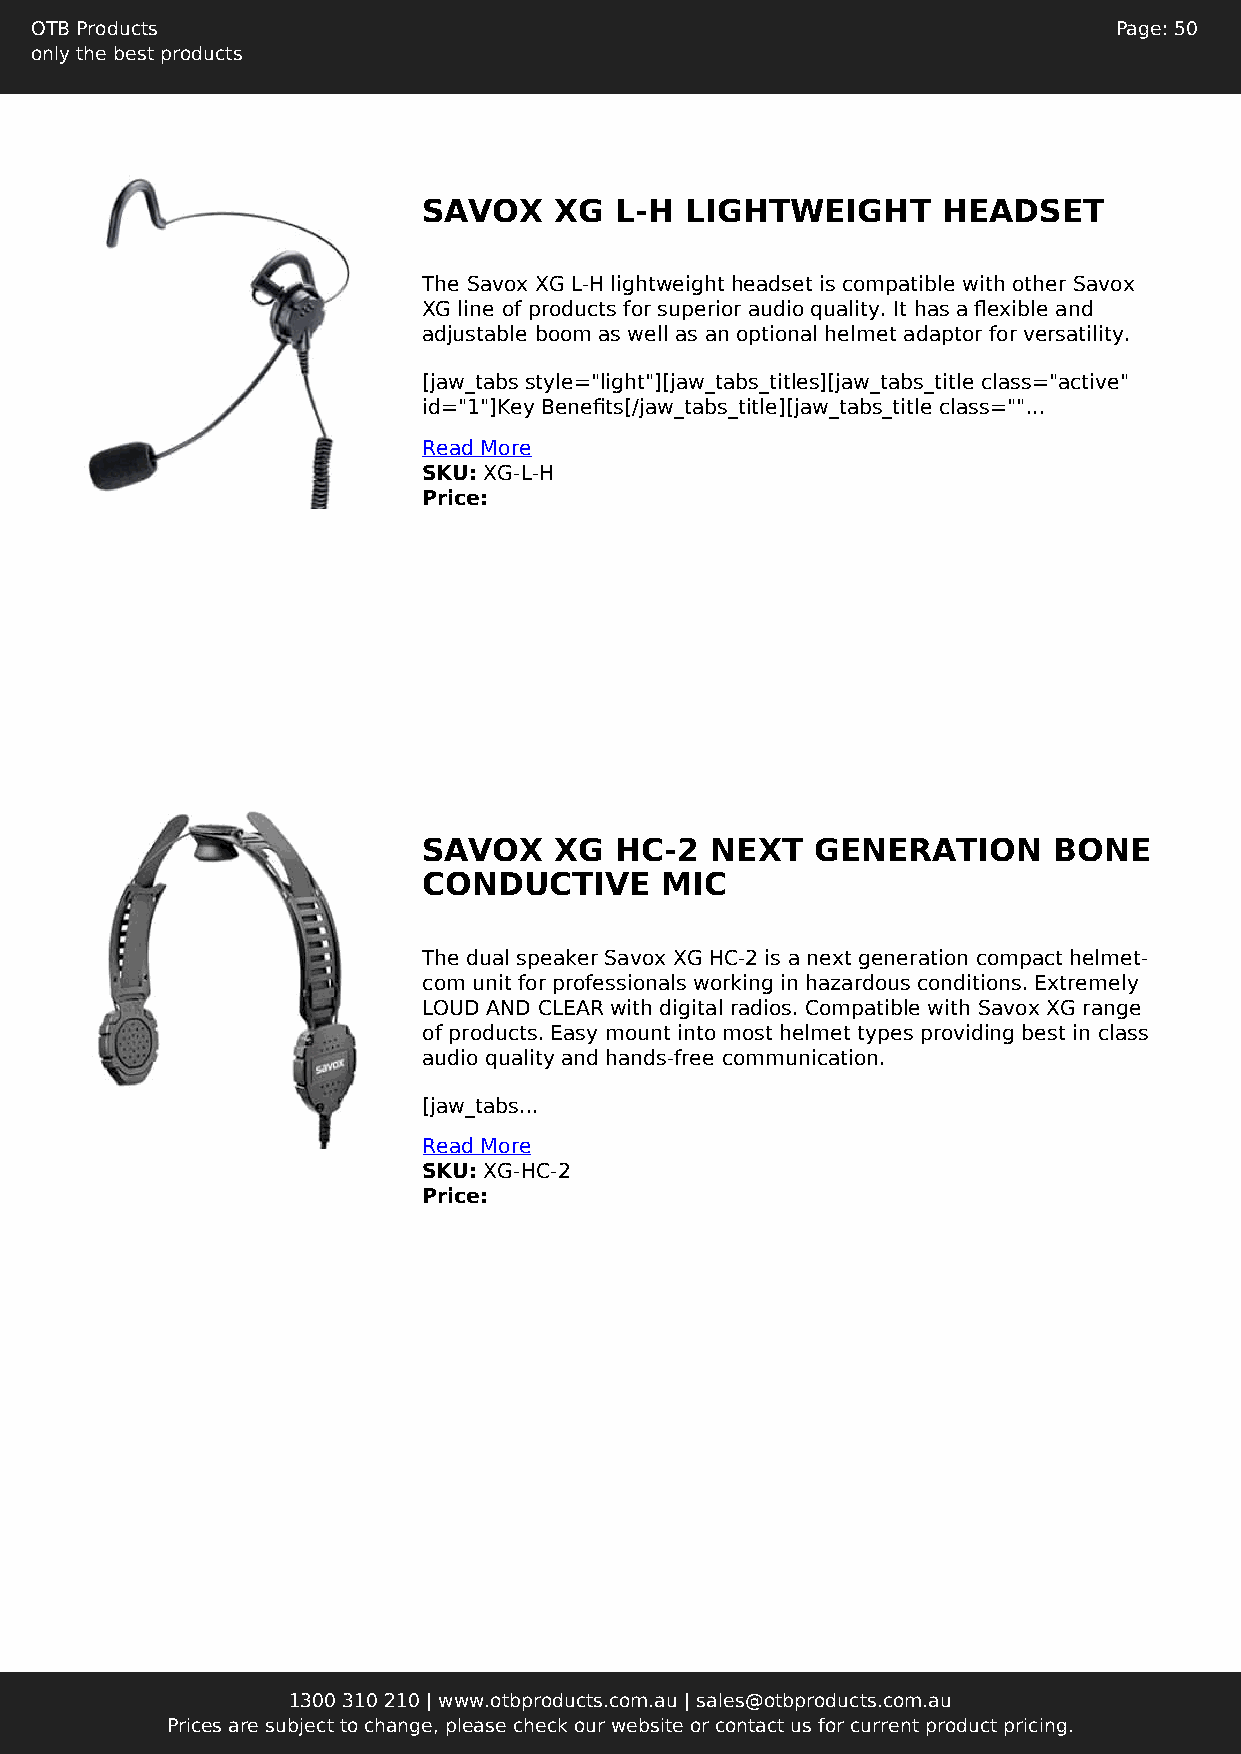
OTB Products                                                            Page: 50
 only the best products
 SAVOX    XG  L-H LIGHTWEIGHT      HEADSET
 The Savox XG L-H lightweight headset is compatible with other Savox
 XG line of products for superior audio quality. It has a flexible and
 adjustable boom as well as an optional helmet adaptor for versatility.
 [jaw_tabs style="light"][jaw_tabs_titles][jaw_tabs_title class="active"
 id="1"]Key Benefits[/jaw_tabs_title][jaw_tabs_title class=""...
 Read More
 SKU: XG-L-H
 Price:
 SAVOX    XG  HC-2  NEXT   GENERATION      BONE
 CONDUCTIVE      MIC
 The dual speaker Savox XG HC-2 is a next generation compact helmet-
 com unit for professionals working in hazardous conditions. Extremely
 LOUD AND CLEAR with digital radios. Compatible with Savox XG range
 of products. Easy mount into most helmet types providing best in class
 audio quality and hands-free communication.
 [jaw_tabs...
 Read More
 SKU: XG-HC-2
 Price:
 1300 310 210 | www.otbproducts.com.au | sales@otbproducts.com.au
 Prices are subject to change, please check our website or contact us for current product pricing.